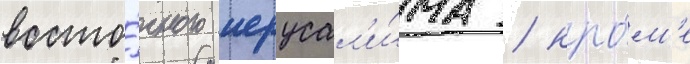
восто́чного иерусал'и́ма / кро́м'е